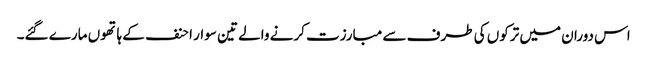
اس دوران میں ترکوں کی طرف سے مبارزت کرنے والے تین سوار احنف کے ہاتھوں مارے گئے۔